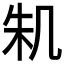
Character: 𠙎